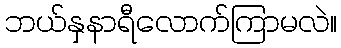
ဘယ်နှနာရီလောက်ကြာမလဲ။